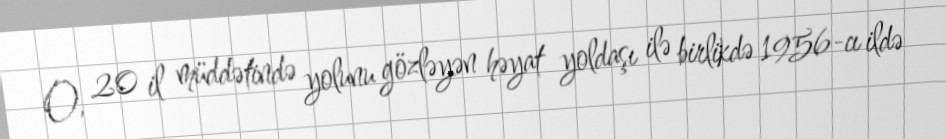
O, 20 il müddətində yolunu gözləyən həyat yoldaşı ilə birlikdə 1956-cı ildə